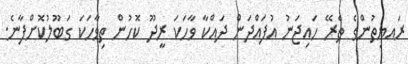
ރައޔިތުންގެ ތެރޭ ހައިޖަނު އުފައްދަން ދައްކާ ވާހަކަ ރީދޫ ކޮހުން ތިވާހަކަ ގަބޫލުކޮށްފާނެ.